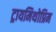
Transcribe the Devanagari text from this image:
ट्रायमिथोप्रिम